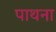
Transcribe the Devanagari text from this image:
पाथना